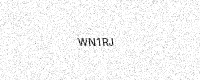
Text: WN1RJ